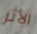
الأثر